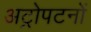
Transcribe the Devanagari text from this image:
अट्रोपटनों